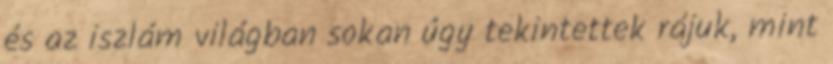
és az iszlám világban sokan úgy tekintettek rájuk, mint